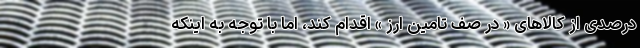
درصدی از کالاهای « در صف تامین ارز » اقدام کند، اما با توجه به اینکه